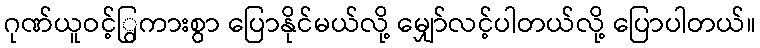
ဂုဏ်ယူဝင့်ြွကားစွာ ပြောနိုင်မယ်လို့ မျှော်လင့်ပါတယ်လို့ ပြောပါတယ်။